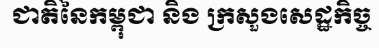
ជាតិនៃកម្ពុជា និង ក្រសួងសេដ្ឋកិច្ច